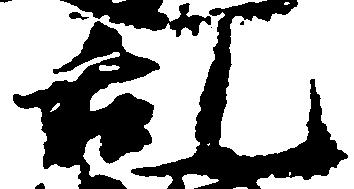
乱